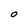
Character: O